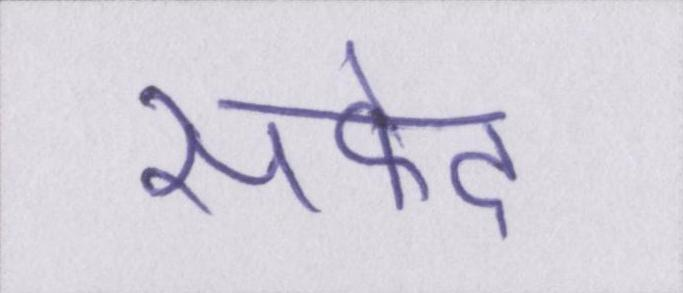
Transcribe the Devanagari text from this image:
सफेद